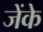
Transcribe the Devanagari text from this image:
जेंके